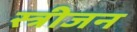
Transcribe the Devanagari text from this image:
स्त्रीजन